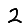
Digit: 2